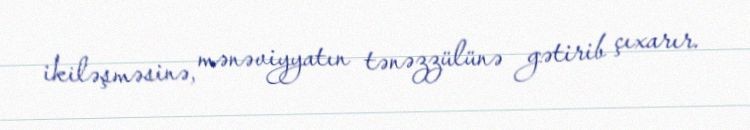
ikiləşməsinə, mənəviyyatın tənəzzülünə gətirib çıxarır.